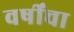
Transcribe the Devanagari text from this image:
वर्षींचा